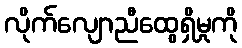
လိုက်လျောညီထွေရှိမှုကို